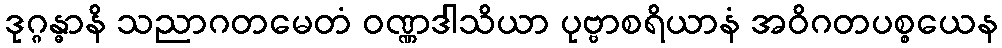
ဒုဂ္ဂန္ဓာနိ သညာဂတမေတံ ဝဏ္ဏဒါသိယာ ပုဗ္ဗာစရိယာနံ အဝိဂတပစ္စယေန